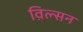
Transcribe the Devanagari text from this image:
व़िल्सन